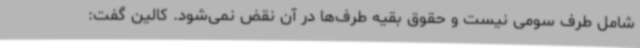
شامل طرف سومی نیست و حقوق بقیه طرف‌ها در آن نقض نمی‌شود. کالین گفت: